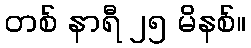
တစ် နာရီ ၂၅ မိနစ်။